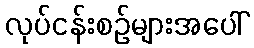
လုပ်ငန်းစဉ်များအပေါ်